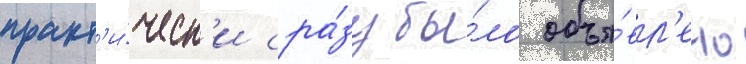
практ'и́ческ'и сра́зу бы́ло объя́вл'ено